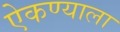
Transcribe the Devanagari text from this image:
ऐकण्याला